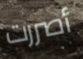
أصررت